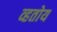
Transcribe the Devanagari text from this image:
व्हतोय